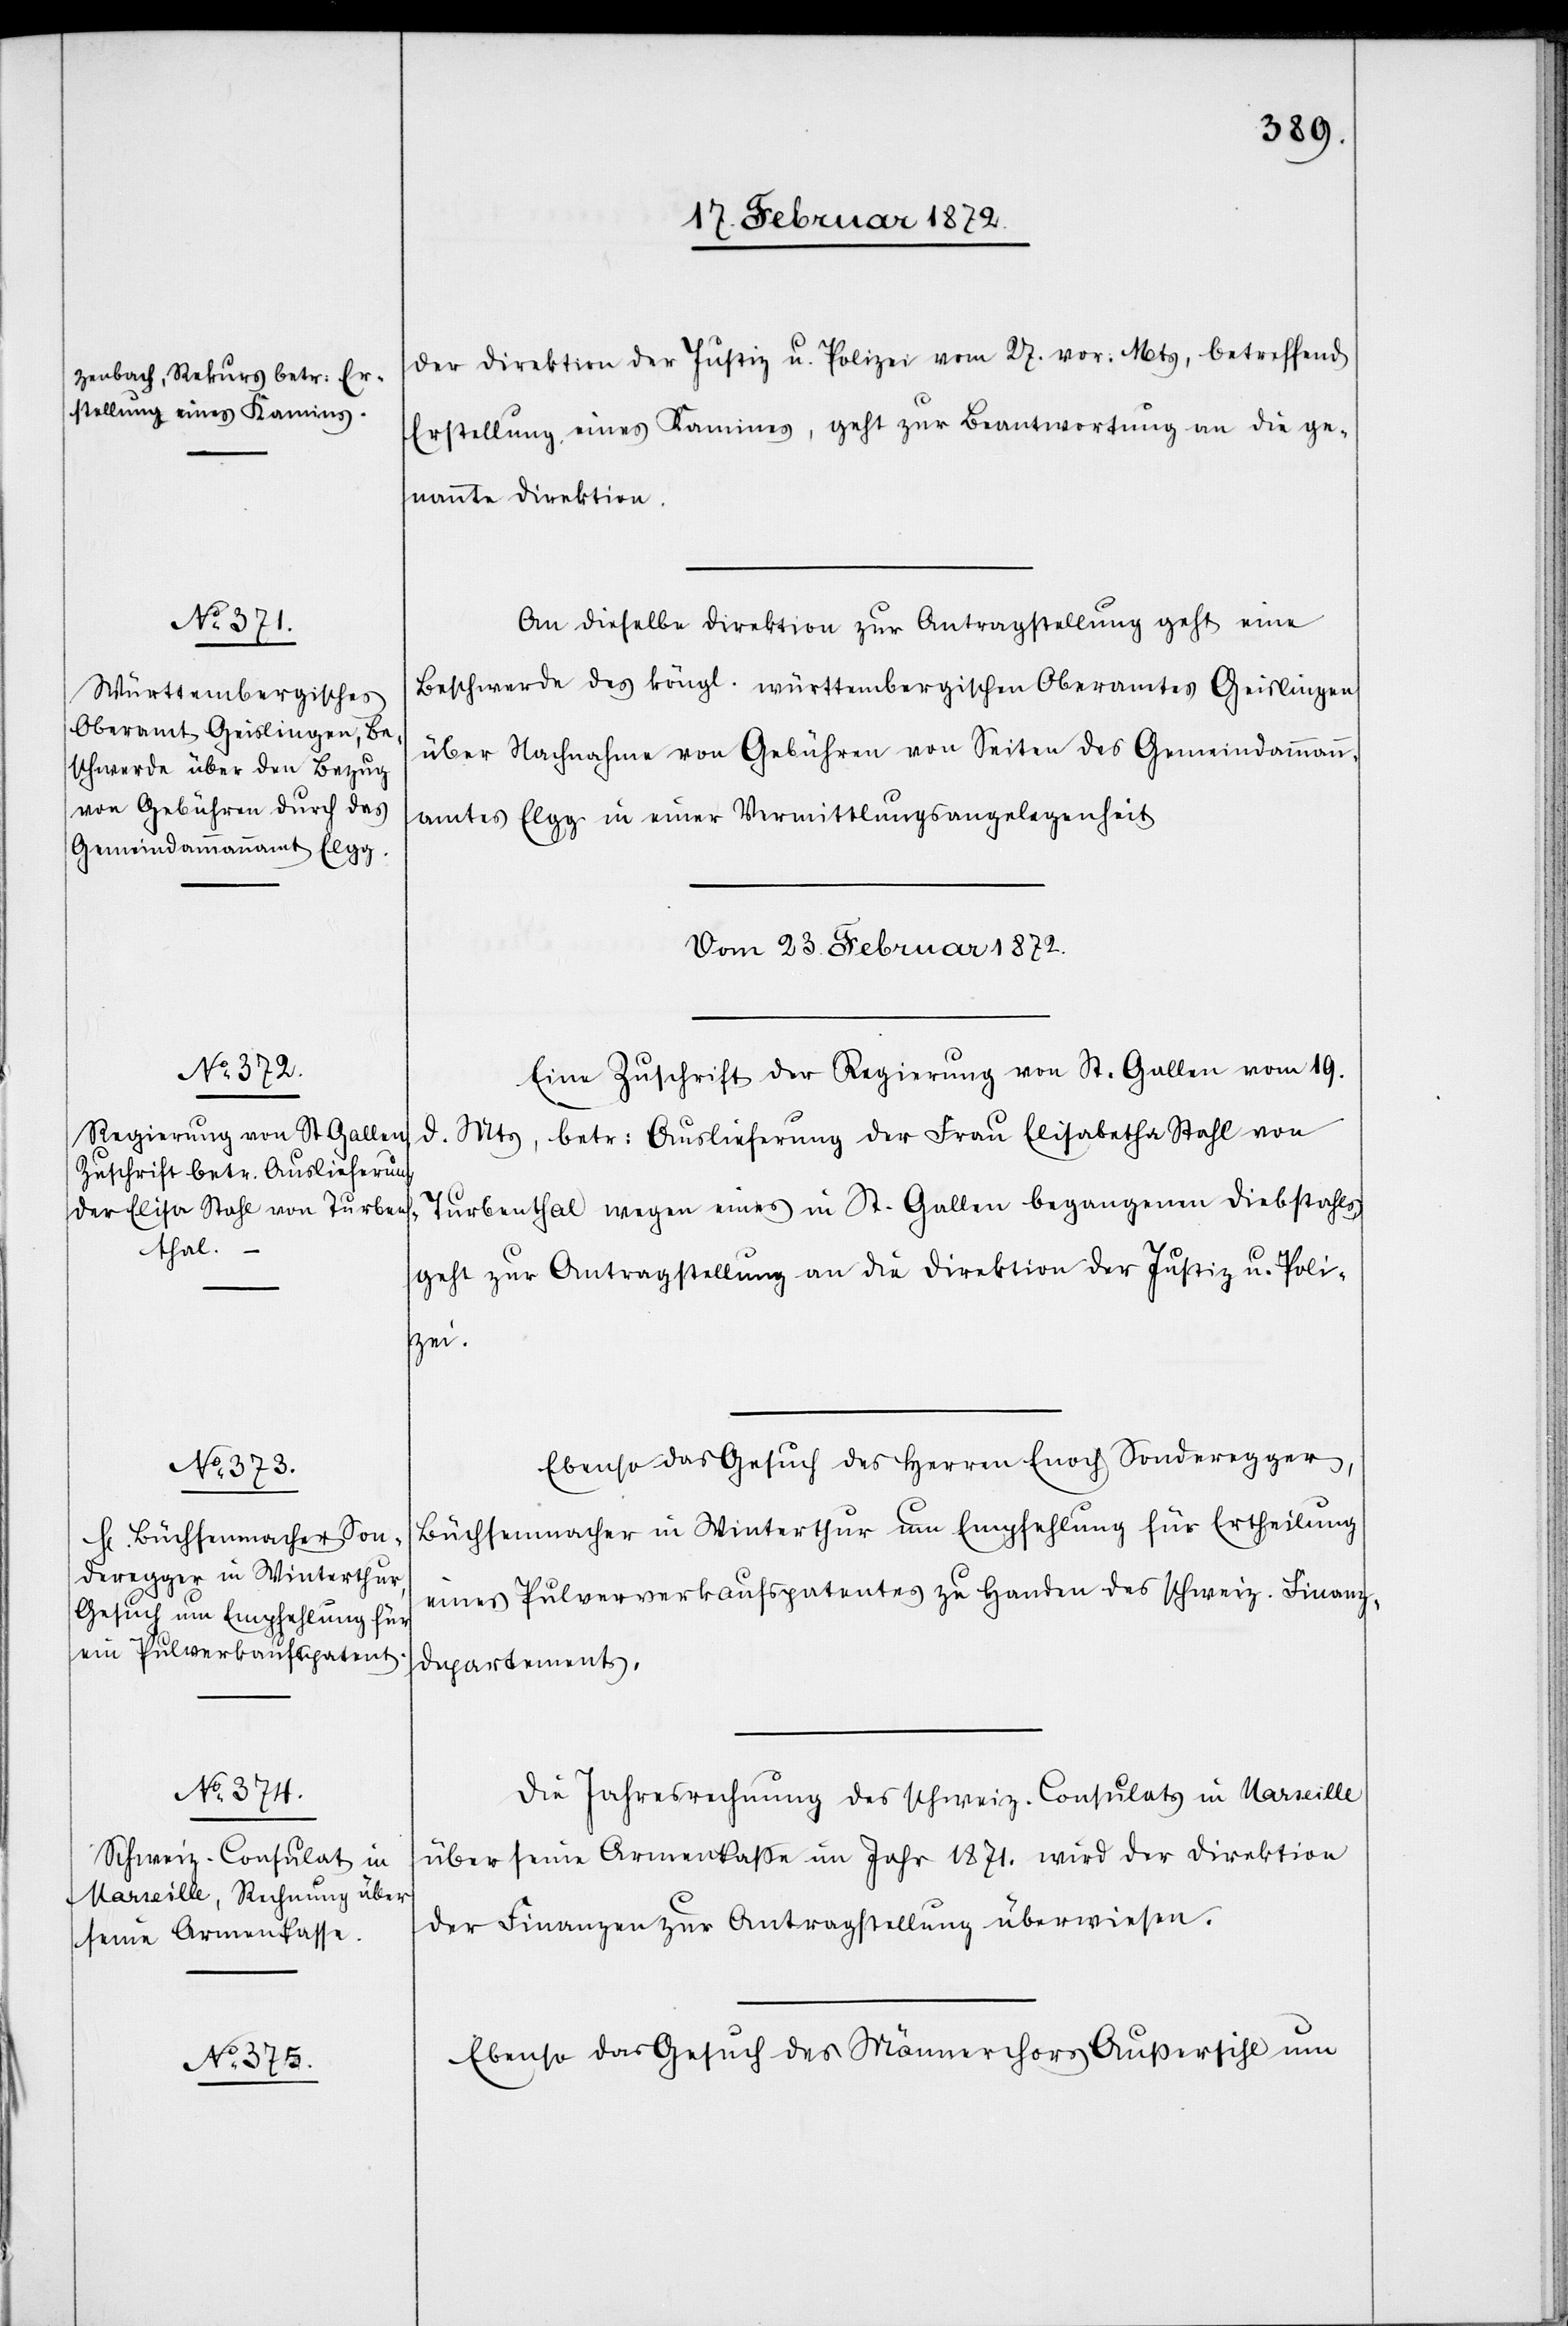
der Direktion der Justiz u. Polizei vom 27. vor. Mts, betreffend
Erstellung eines Kamins, geht zur Beantwortung an die ge¬
nannte Direktion.
An dieselbe Direktion zur Antragstellung geht eine
Beschwerde des köngl. württembergischen Oberamtes Geislingen
über Nachnahme von Gebühren von Seite des Gemeindammann¬
amtes Elgg in einer Vermittlungsangelegenheit.
Vom 23. Februar 1872.
Eine Zuschrift der Regierung von St. Gallen vom 19.
d. Mts, betr. Auslieferung der Frau Elisabetha Stahl von
Turbenthal wegen eins in St. Gallen begangenen Diebstahls,
geht zur Antragstellung an die Direktion der Justiz u. Poli¬
zei.
Ebenso das Gesuch des Herren Enoch Sonderegger,
Büchsenmacher in Winterthur um Empfehlung für Ertheilung
eines Pulververkaufspatentes zu Handen des schweiz. Finanz¬
departements.
Die Jahresabrechnung des schweiz. Consulats in Marseille
über seine Armenkasse im Jahr 1871. wird der Direktion
der Finanzen zur Antragstellung überwiesen.
Ebenso das Gesuch des Männerchors Außersihl um